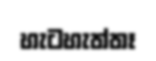
හැටහැත්තෑ